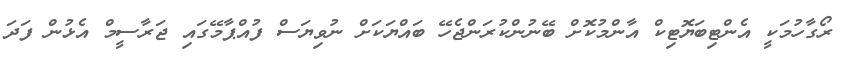
ރޯގާހުމަކީ އެންޓިބަޔޮޓިކް އާންމުކޮށް ބޭނުންކުރަންޖެހޭ ބައްޔަކަށް ނުވިޔަސް ފުއްޕާމޭގައި ޖަރާސީމް އެޅުން ފަދަ